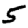
Digit: 5